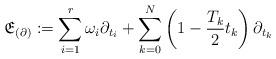
LaTeX: \begin{align*} \mathfrak{E}_{(\partial)} := \sum_{i=1}^r \omega_i \partial_{t_i} + \sum_{k=0}^N \left(1 - \frac{T_k}{2}t_k\right) \partial_{t_k} \end{align*}